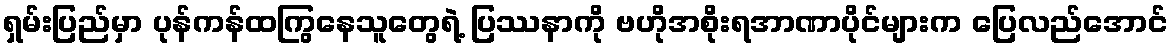
ရှမ်းပြည်မှာ ပုန်ကန်ထကြွနေသူတွေရဲ့ ပြဿနာကို ဗဟိုအစိုးရအာဏာပိုင်များက ပြေလည်အောင်